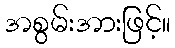
အစွမ်းအားဖြင့်။